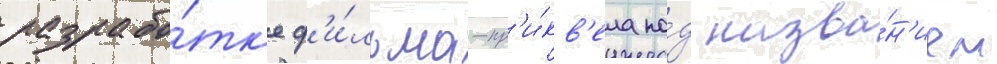
разрабо́тк'е ф'и́льма-пр'и́кв'ела по́д назва́н'ием